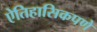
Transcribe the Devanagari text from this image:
ऐतिहासिकपणे